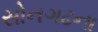
સોનગઢના